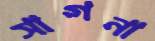
সাগনা